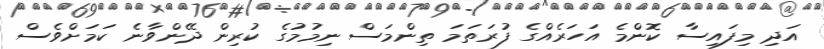
އަދި މިފައިސާ ކޮންމެ އަހަރެއްގެ ފުރަތަމަ ތިންމަސް ނިމުމުގެ ކުރިން ދޭންވާނެ ކަމަށްވެސް